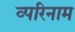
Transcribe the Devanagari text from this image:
व्परिनाम